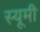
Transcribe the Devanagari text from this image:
स्यूमी